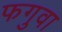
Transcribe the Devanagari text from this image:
फगुवा